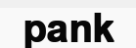
pank